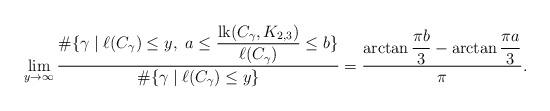
LaTeX: \begin{align*}\lim_{y\to \infty}\frac{\#\{ \gamma \mid \ell(C_\gamma) \leq y,\ a \leq \dfrac{\mathrm{lk}(C_\gamma, K_{2,3})}{\ell(C_\gamma)} \leq b\}}{\#\{\gamma \mid \ell(C_\gamma) \leq y\}} = \frac{\arctan \dfrac{\pi b}{3} - \arctan \dfrac{\pi a}{3}}{\pi}.\end{align*}